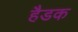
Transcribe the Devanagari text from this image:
हैडक